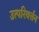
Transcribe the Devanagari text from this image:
उत्परिवर्त्तन